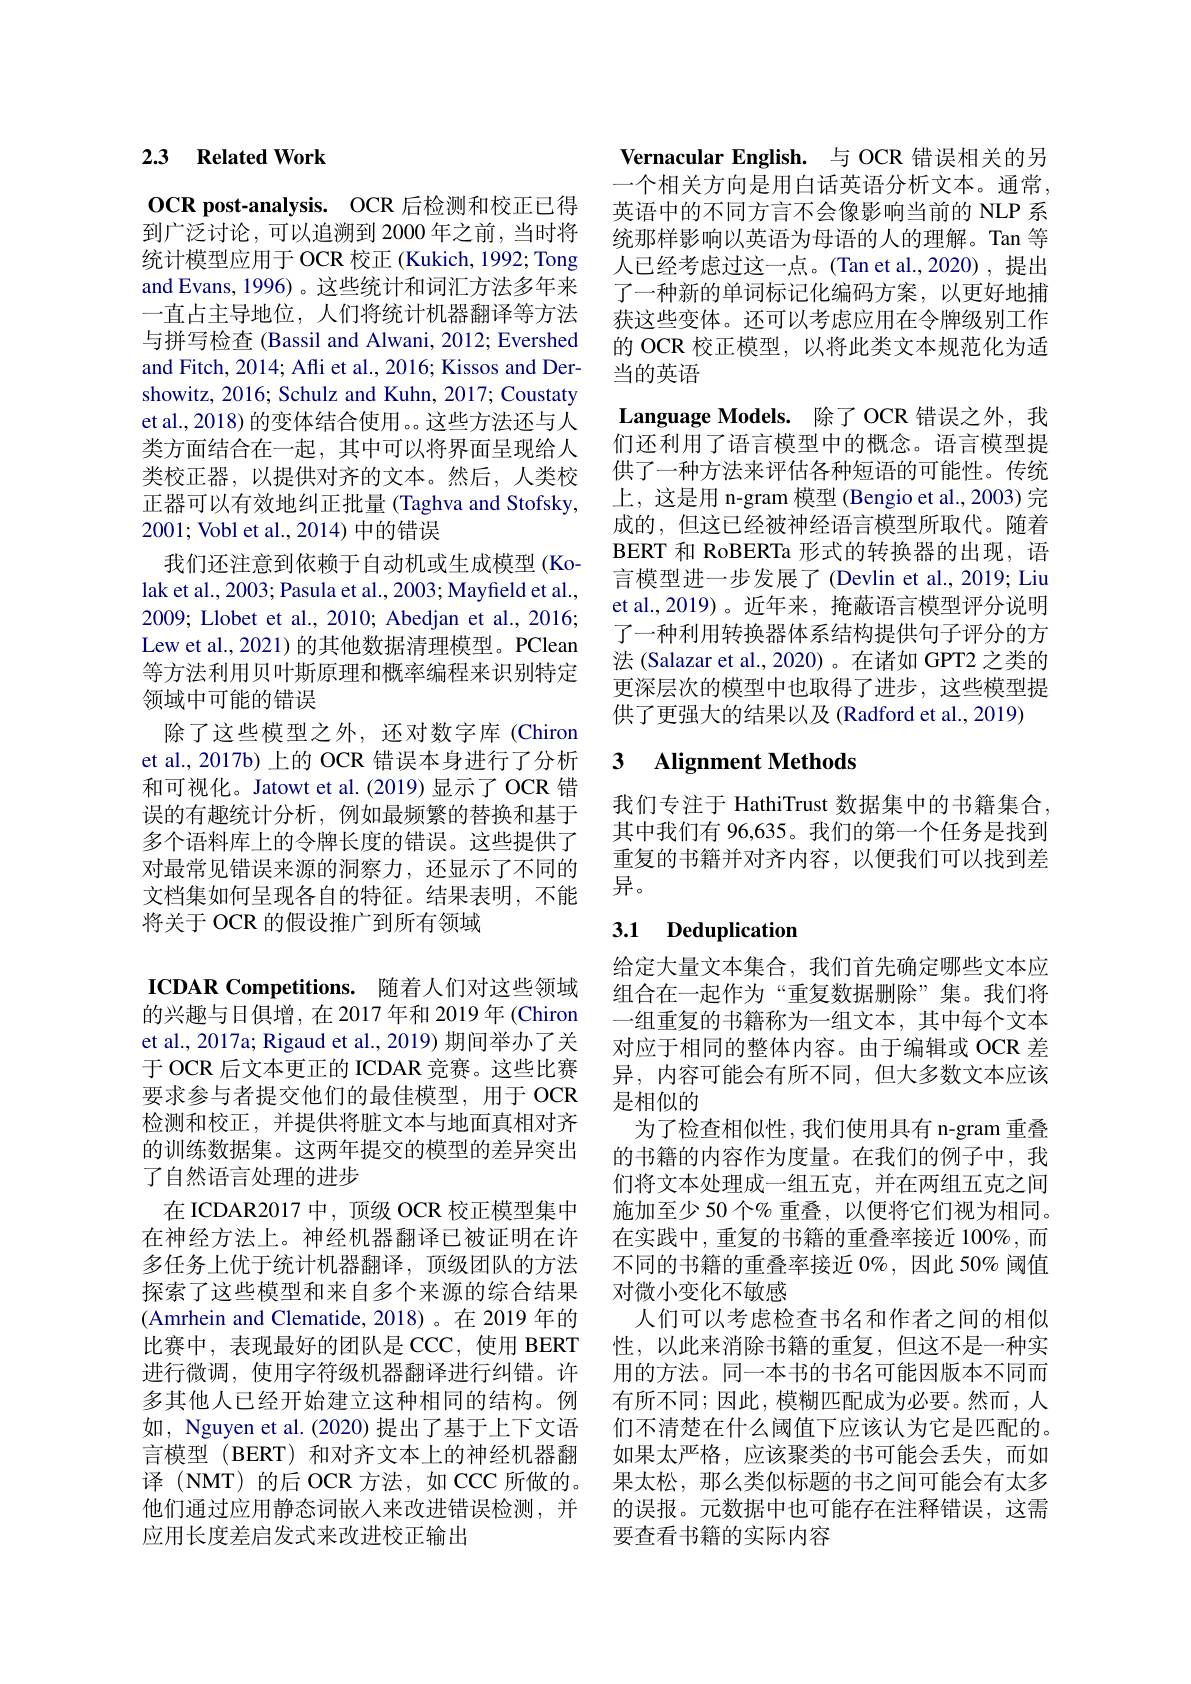
## 2.3 Related Work

$\mathbf{OCR}$ post-analysis. OCR 后检测和校正已得到广泛讨论，可以追溯到 2000 年之前，当时将统计模型应用于 OCR 校正 (Kukich, 1992; Tong and Evans, 1996)。这些统计和词汇方法多年来一直占主导地位，人们将统计机器翻译等方法与拼写检查 (Bassil and Alwani, 2012; Evershed and Fitch, 2014; Afli et al., 2016; Kissos and Dershowitz, 2016; Schulz and Kuhn, 2017; Coustaty et al., 2018) 的变体结合使用。。这些方法还与人类方面结合在一起，其中可以将界面呈现给人类校正器，以提供对齐的文本。然后，人类校正器可以有效地纠正批量(Taghva and Stofsky, 2001; Vobl et al., 2014) 中的错误
我们还注意到依赖于自动机或生成模型(Kolak et al., 2003; Pasula et al., 2003; Mayfield et al., 2009; Llobet et al., 2010; Abedjan et al., 2016; Lew et al., 2021) 的其他数据清理模型。PClean 等方法利用贝叶斯原理和概率编程来识别特定领域中可能的错误
除了这些模型之外，还对数字库 (Chiron et al., 2017b) 上的 OCR 错误本身进行了分析和可视化。Jatowt et al.(2019)显示了 OCR 错误的有趣统计分析，例如最频繁的替换和基于多个语料库上的令牌长度的错误。这些提供了对最常见错误来源的洞察力，还显示了不同的文档集如何呈现各自的特征。结果表明，不能将关于 OCR 的假设推广到所有领域
ICDAR Competitions. 随着人们对这些领域的兴趣与日俱增，在2017年和 2019 年 (Chiron et al., 2017a; Rigaud et al., 2019) 期间举办了关于 OCR 后文本更正的 ICDAR 竞赛。这些比赛要求参与者提交他们的最佳模型，用于 OCR 检测和校正，并提供将脏文本与地面真相对齐的训练数据集。这两年提交的模型的差异突出了自然语言处理的进步
在 ICDAR2017 中，顶级 OCR 校正模型集中在神经方法上。神经机器翻译已被证明在许多任务上优于统计机器翻译，顶级团队的方法探索了这些模型和来自多个来源的综合结果(Amrhein and Clematide,2018)。在 2019 年的比赛中，表现最好的团队是 CCC, 使用 BERT 进行微调，使用字符级机器翻译进行纠错。许多其他人已经开始建立这种相同的结构。例如，Nguyen et al. (2020) 提出了基于上下文语言模型 (BERT) 和对齐文本上的神经机器翻译 (NMT) 的后 OCR 方法，如 CCC 所做的。他们通过应用静态词嵌人来改进错误检测，并应用长度差启发式来改进校正输出

Vernacular English. 与 OCR 错误相关的另一个相关方向是用白话英语分析文本。通常， 英语中的不同方言不会像影响当前的 NLP 系统那样影响以英语为母语的人的理解。Tan 等人已经考虑过这一点。(Tan et al.,2020),提出了一种新的单词标记化编码方案，以更好地捕获这些变体。还可以考虑应用在令牌级别工作的 OCR 校正模型，以将此类文本规范化为适当的英语
Language Models. 除了 OCR 错误之外，我们还利用了语言模型中的概念。语言模型提供了一种方法来评估各种短语的可能性。传统上，这是用 n-gram 模型 (Bengio et al., 2003) 完成的，但这已经被神经语言模型所取代。随着BERT 和 RoBERTa 形式的转换器的出现，语言模型进一步发展了(Devlin et al., 2019; Liu et al.,2019)。近年来，掩蔽语言模型评分说明了一种利用转换器体系结构提供句子评分的方法 (Salazar et al., 2020) 。在诸如 GPT2 之类的更深层次的模型中也取得了进步，这些模型提供了更强大的结果以及(Radford et al., 2019)

### 3 Alignment Methods

我们专注于 HathiTrust 数据集中的书籍集合， 其中我们有 96,635。我们的第一个任务是找到重复的书籍并对齐内容，以便我们可以找到差异。

## 3.1 Deduplication

给定大量文本集合，我们首先确定哪些文本应组合在一起作为“重复数据删除”集。我们将一组重复的书籍称为一组文本，其中每个文本对应于相同的整体内容。由于编辑或 OCR 差异，内容可能会有所不同，但大多数文本应该是相似的
为了检查相似性，我们使用具有 n-gram 重叠的书籍的内容作为度量。在我们的例子中，我们将文本处理成一组五克，并在两组五克之间施加至少 50 个% 重叠，以便将它们视为相同。在实践中，重复的书籍的重叠率接近 100%,而不同的书籍的重叠率接近$0\%$,因此 50% 阈值对微小变化不敏感
人们可以考虑检查书名和作者之间的相似性，以此来消除书籍的重复，但这不是一种实用的方法。同一本书的书名可能因版本不同而有所不同；因此，模糊匹配成为必要。然而，人们不清楚在什么阈值下应该认为它是匹配的。如果太严格，应该聚类的书可能会丢失，而如果太松，那么类似标题的书之间可能会有太多的误报。元数据中也可能存在注释错误，这需要查看书籍的实际内容